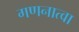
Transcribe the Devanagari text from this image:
गणनात्वा